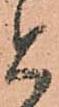
と